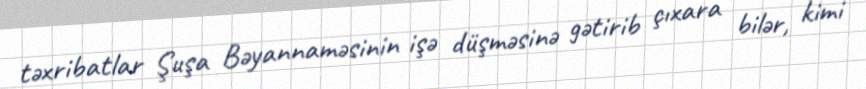
təxribatlar Şuşa Bəyannaməsinin işə düşməsinə gətirib çıxara bilər, kimi